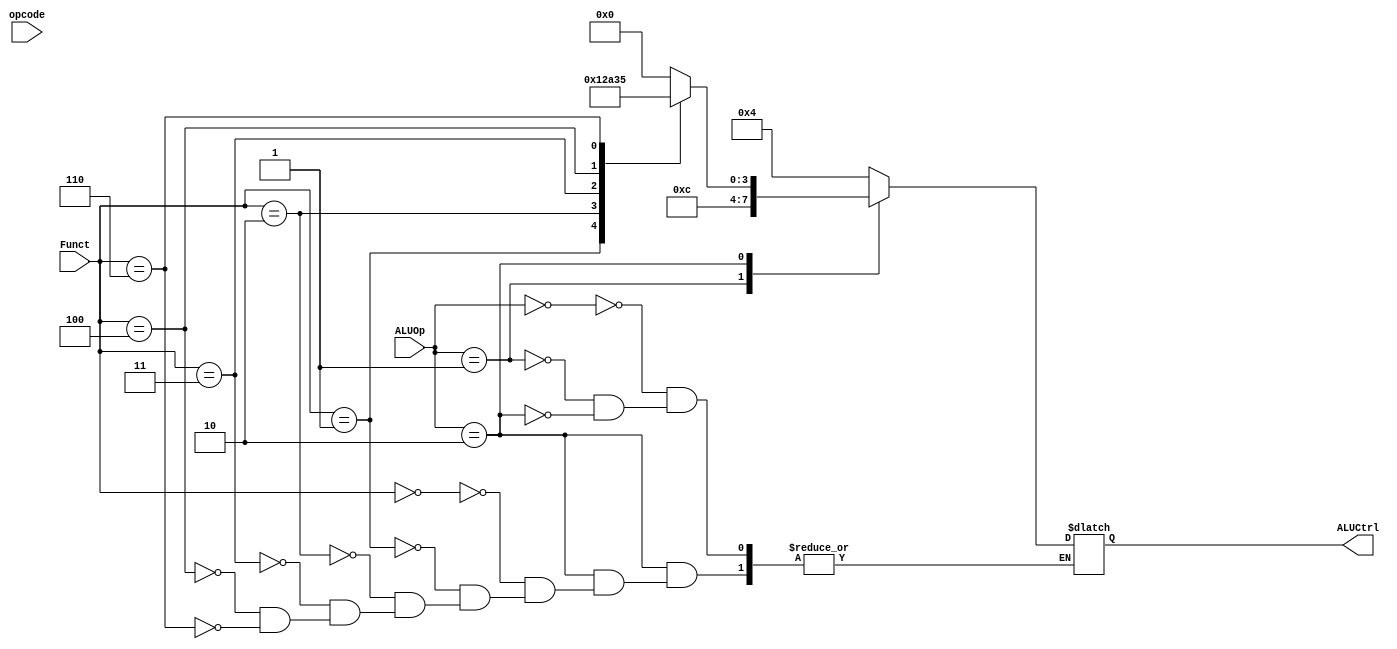
`timescale 1ns / 1ps
//////////////////////////////////////////////////////////////////////////////////
// Company: 
// Engineer: 
// 
// Design Name: 
// Module Name: ALUControl
// Project Name: 
// Target Devices: 
// Tool Versions: 
// Description: 
// 
// Dependencies: 
// 
// Revision:
// Revision 0.01 - File Created
// Additional Comments:
// 
//////////////////////////////////////////////////////////////////////////////////


module ALUControl(
input [1:0] ALUOp,
input [3:0] Funct,
input [3:0] opcode,
output reg [3:0] ALUCtrl
);

always @(ALUOp)
begin
case(ALUOp) // Pyet per vleren e ALUOp, 00-lw,sw; 01-beq,bne, 10-R-format, 11 - I-format
    2'b00: ALUCtrl = 4'b0100; //LS+SS (mbledhje)
    2'b01: ALUCtrl = 4'b1100; //BEQ+BNE (zbritje)
    2'b10: //R-Format
        case(Funct)
            4'b0000: ALUCtrl = 4'b0000; //AND
            4'b0001: ALUCtrl = 4'b0001; //OR
            4'b0010: ALUCtrl = 4'b0010; //ADD
            4'b0011: ALUCtrl = 4'b1010; //SUB
            4'b0100: ALUCtrl = 4'b0011;  //SLT
            4'b0110: ALUCtrl = 4'b0101;  //XOR
           // 4'b0111: ALUCtrl = 4'b0110;  //SLL
        endcase
/*
    2'b11: //I-format
        case(opcode)
            4'b0110: ALUCtrl = 4'b0100; // per MUL
        endcase */
endcase
end

endmodule